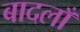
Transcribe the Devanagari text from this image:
बादलाँ